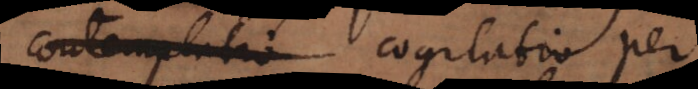
contemplatio cogitatio per